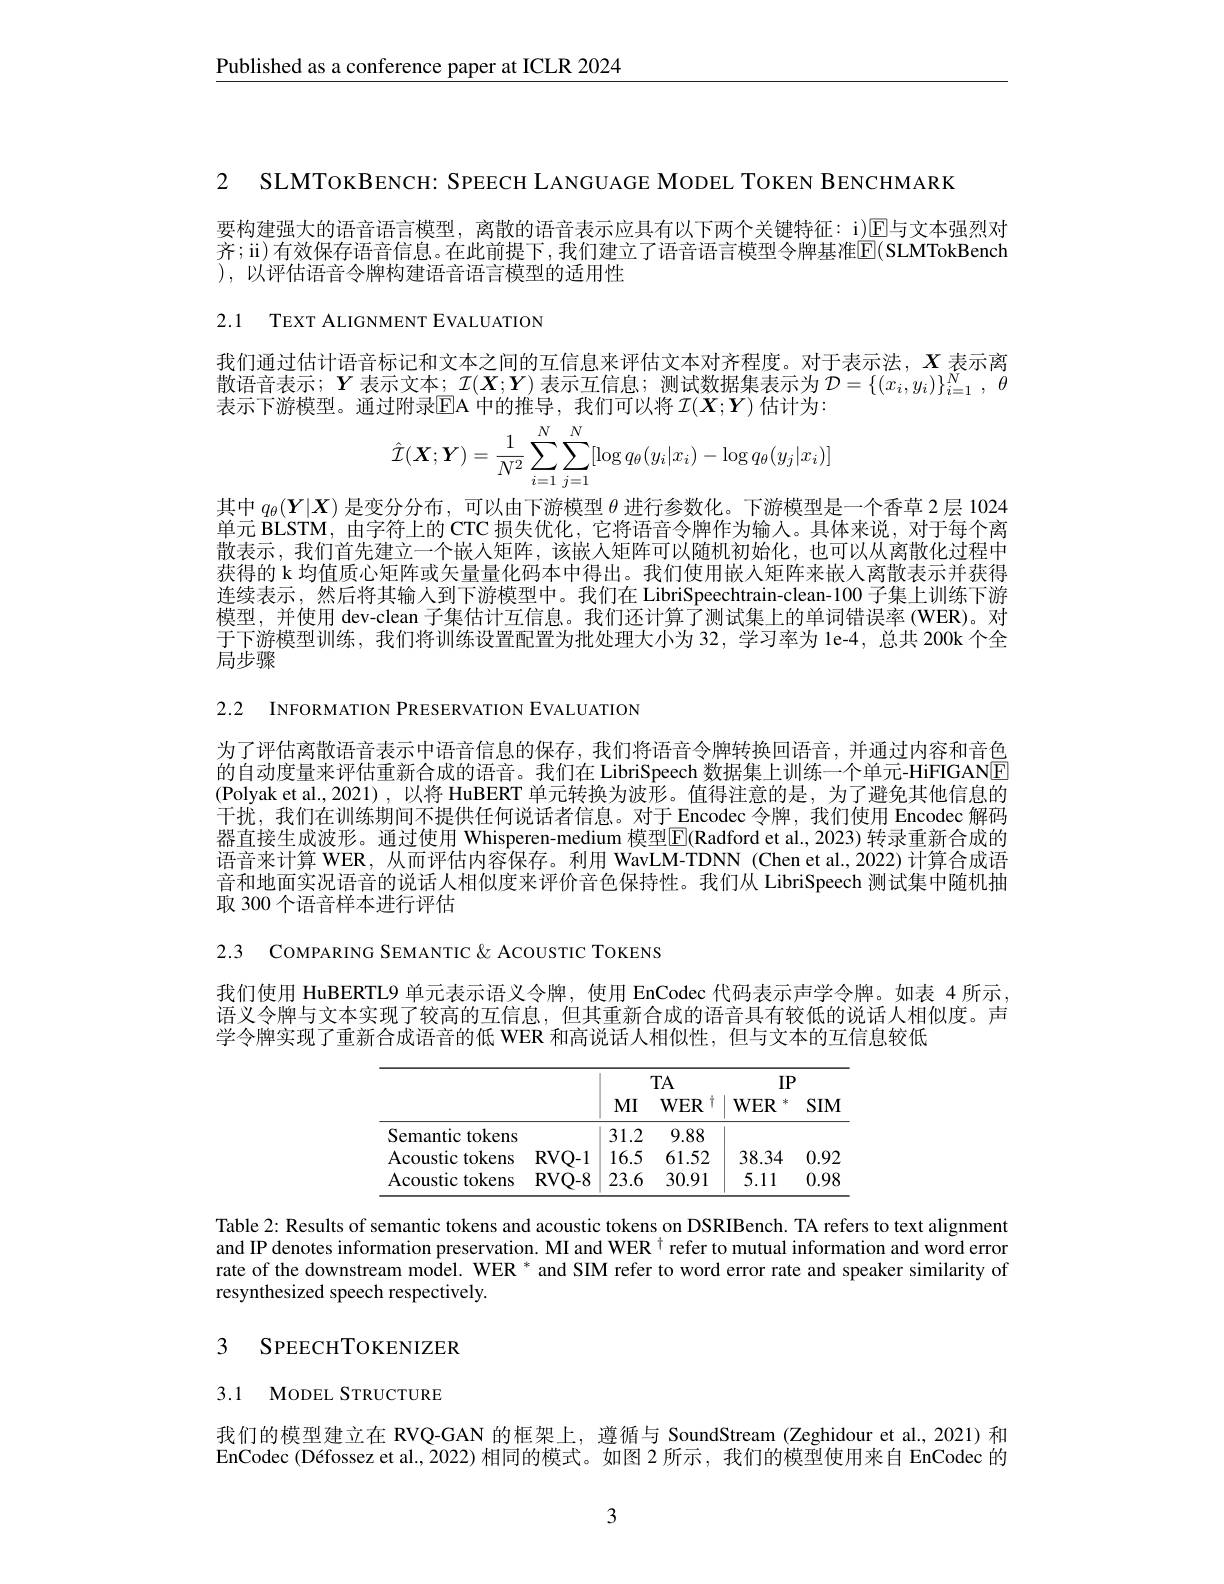
$\underline{\text{Published as a conference paper at ICLR 2024}}$

2 SLMToкВENCH: SPEECH LANGUAGE MODEL TOKEN BENCHMARK

要构建强大的语音语言模型，离散的语音表示应具有以下两个关键特征：i)$\mathbb{E}$与文本强烈对齐；ü) 有效保存语音信息。在此前提下，我们建立了语音语言模型令牌基准$\boxed{\mathrm{E}}($SLMTokBench ), 以评估语音令牌构建语音语言模型的适用性

2.1 TEXT ALIGNMENT EVALUATION

我们通过估计语音标记和文本之间的互信息来评估文本对齐程度。对于表示法，$X$表示离散语音表示；$Y$表示文本；$\mathcal{I}(\boldsymbol X;\boldsymbol{Y})$ 表示互信息；测试数据集表示为 $\mathcal{D}=\{(x_i,y_i)\}_{i=1}^N,\theta$ 表示下游模型。通过附录$\mathbb{E}$A 中的推导，我们可以将 $\mathcal{I}(X;Y)$ 估计为：
$$\hat{\mathcal{I}}(\boldsymbol{X};\boldsymbol{Y})=\frac{1}{N^{2}}\sum_{i=1}^{N}\sum_{j=1}^{N}[\log q_{\theta}(y_{i}|x_{i})-\log q_{\theta}(y_{j}|x_{i})]$$
其中$q_\theta(\boldsymbol{Y}|\boldsymbol{X})$是变分分布，可以由下游模型$\theta$进行参数化。下游模型是一个香草 2层 1024单元 BLSTM, 由字符上的 CTC 损失优化，它将语音令牌作为输人。具体来说，对于每个离散表示，我们首先建立一个嵌人矩阵，该嵌入矩阵可以随机初始化，也可以从离散化过程中获得的 k 均值质心矩阵或矢量量化码本中得出。我们使用嵌入矩阵来嵌人离散表示并获得连续表示，然后将其输入到下游模型中。我们在 LibriSpeechtrain-clean-100 子集上训练下游模型，并使用 dev-clean 子集估计互信息。我们还计算了测试集上的单词错误率 (WER)。对于下游模型训练，我们将训练设置配置为批处理大小为 32,学习率为 le-4,总共 200k 个全局步骤

2.2 INFORMATION PRESERVATION EVALUATION

为了评估离散语音表示中语音信息的保存，我们将语音令牌转换回语音，并通过内容和音色的自动度量来评估重新合成的语音。我们在 LibriSpeech 数据集上训练一个单元-HiFIGANE (Polyak et al.,2021),以将 HuBERT 单元转换为波形。值得注意的是，为了避免其他信息的干扰，我们在训练期间不提供任何说话者信息。对于 Encodec 令牌，我们使用 Encodec 解码器直接生成波形。通过使用 Whisperen-medium 模型$\boxed{\mathrm{E}}($Radford et al., 2023) 转录重新合成的语音来计算 WER, 从而评估内容保存。利用 WavLM-TDNN (Chen et al., 2022) 计算合成语音和地面实况语音的说话人相似度来评价音色保持性。我们从 LibriSpeech 测试集中随机抽取 300 个语音样本进行评估

2.3 COMPARING SEMANTIC & ACOUSTIC TOKENS

我们使用 HuBERTL9 单元表示语义令牌，使用 EnCodec 代码表示声学令牌。如表 4 所示， 语义令牌与文本实现了较高的互信息，但其重新合成的语音具有较低的说话人相似度。声学令牌实现了重新合成语音的低 WER 和高说话人相似性，但与文本的互信息较低

<table>
	<tbody>
		<tr>
			<th> </th>
			<th> </th>
			<th> </th>
			<th>TA</th>
			<th colspan="2">$IP$</th>
		</tr>
		<tr>
			<th> </th>
			<th> </th>
			<th>$MI$</th>
			<th>TA $WER$ T</th>
			<th>$IF$ $WER$ 冰</th>
			<th>2 SIM</th>
		</tr>
		<tr>
			<th> </th>
			<th> </th>
			<th>$MI$</th>
			<th>$WER$</th>
			<th>$WER$</th>
			<th>$SIM$</th>
		</tr>
		<tr>
			<td>Semantic tokens</td>
			<td> </td>
			<td>31.2</td>
			<td>9.88</td>
			<td> </td>
			<td> </td>
		</tr>
		<tr>
			<td>Acoustic tokens</td>
			<td>RVQ- 1</td>
			<td>16.5</td>
			<td>61.52</td>
			<td>38.34</td>
			<td>0.92</td>
		</tr>
		<tr>
			<td>Acoustic tokens</td>
			<td>RVQ- 8</td>
			<td>23.6</td>
			<td>30.91</td>
			<td>5.11</td>
			<td>0.98</td>
		</tr>
	</tbody>
</table>

Table 2: Results of semantic tokens and acoustic tokens on DSRIBench. TA refers to text alignment and IP denotes information preservation. MI and WER $^{\dagger}$ refer to mutual information and word error rate of the downstream model. WER * and SIM refer to word error rate and speaker similarity of resynthesized speech respectively.

## 3 SPEECHTOKENIZER

3.1 MODEL STRUCTURE

我们的模型建立在 RVQ-GAN 的框架上，遵循与 SoundStream (Zeghidour et al.,2021) 和EnCodec (Défossez et al., 2022) 相同的模式。如图 2 所示，我们的模型使用来自 EnCodec 的

3